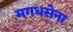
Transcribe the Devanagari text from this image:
मगधसेना